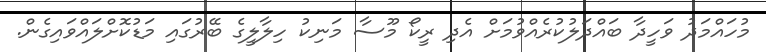
މުހައްމަދު ވަހީދާ ބައްދަލުކުރެއްވުމަށް އެދި ރީކޯ މޫސާ މަނިކު ހިލާލީގެ ބޭރުގައި މަޑުކޮށްލައްވައިގެން.